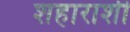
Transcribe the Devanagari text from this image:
शहाराशी